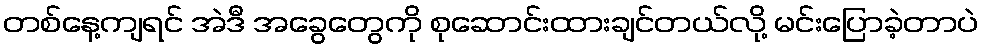
တစ်နေ့ကျရင် အဲဒီ အခွေတွေကို စုဆောင်းထားချင်တယ်လို့ မင်းပြောခဲ့တာပဲ